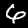
Digit: 6